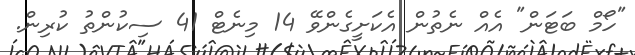
"ހޯމް ބަޓަން" އެއް ނެތުން އެކަށީގެންވޭ 14 މިނެޓް 41 ސިކުންތު ކުރިން.